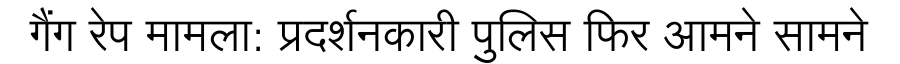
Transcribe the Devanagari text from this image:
गैंग रेप मामला: प्रदर्शनकारी पुलिस फिर आमने सामने